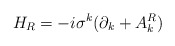
\begin{align*}H_R = -i\sigma^k(\partial_k + A^R_k) \end{align*}